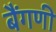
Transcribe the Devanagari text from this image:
बैंगणी